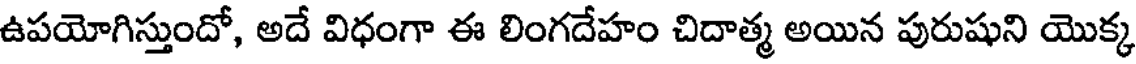
ఉపయోగిస్తుందో, అదే విధంగా ఈ లింగదేహం చిదాత్మ అయిన పురుషుని యొక్క